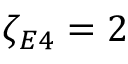
\zeta _ { E 4 } = 2